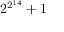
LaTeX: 2 ^ { 2 ^ { 1 4 } } + 1